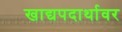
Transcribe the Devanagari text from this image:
खाद्यपदार्थावर